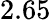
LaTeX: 2.65